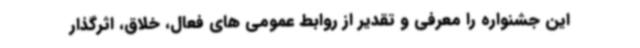
این جشنواره را معرفی و تقدیر از روابط عمومی های فعال، خلاق، اثرگذار